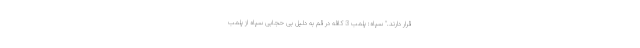
قرار دارند." سپاه: پلمب 3 کافه در قم به دلیل بی حجابی سپاه از پلمب